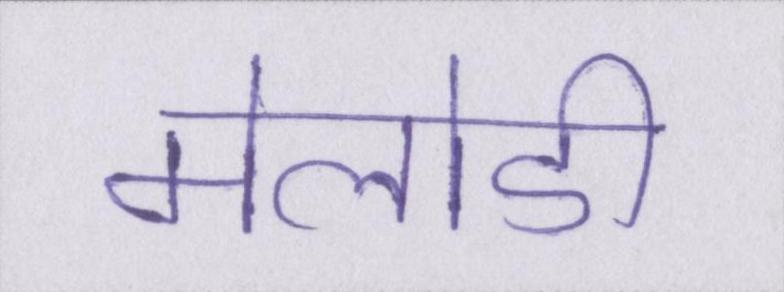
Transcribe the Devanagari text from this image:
मेलोडी